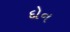
દોન